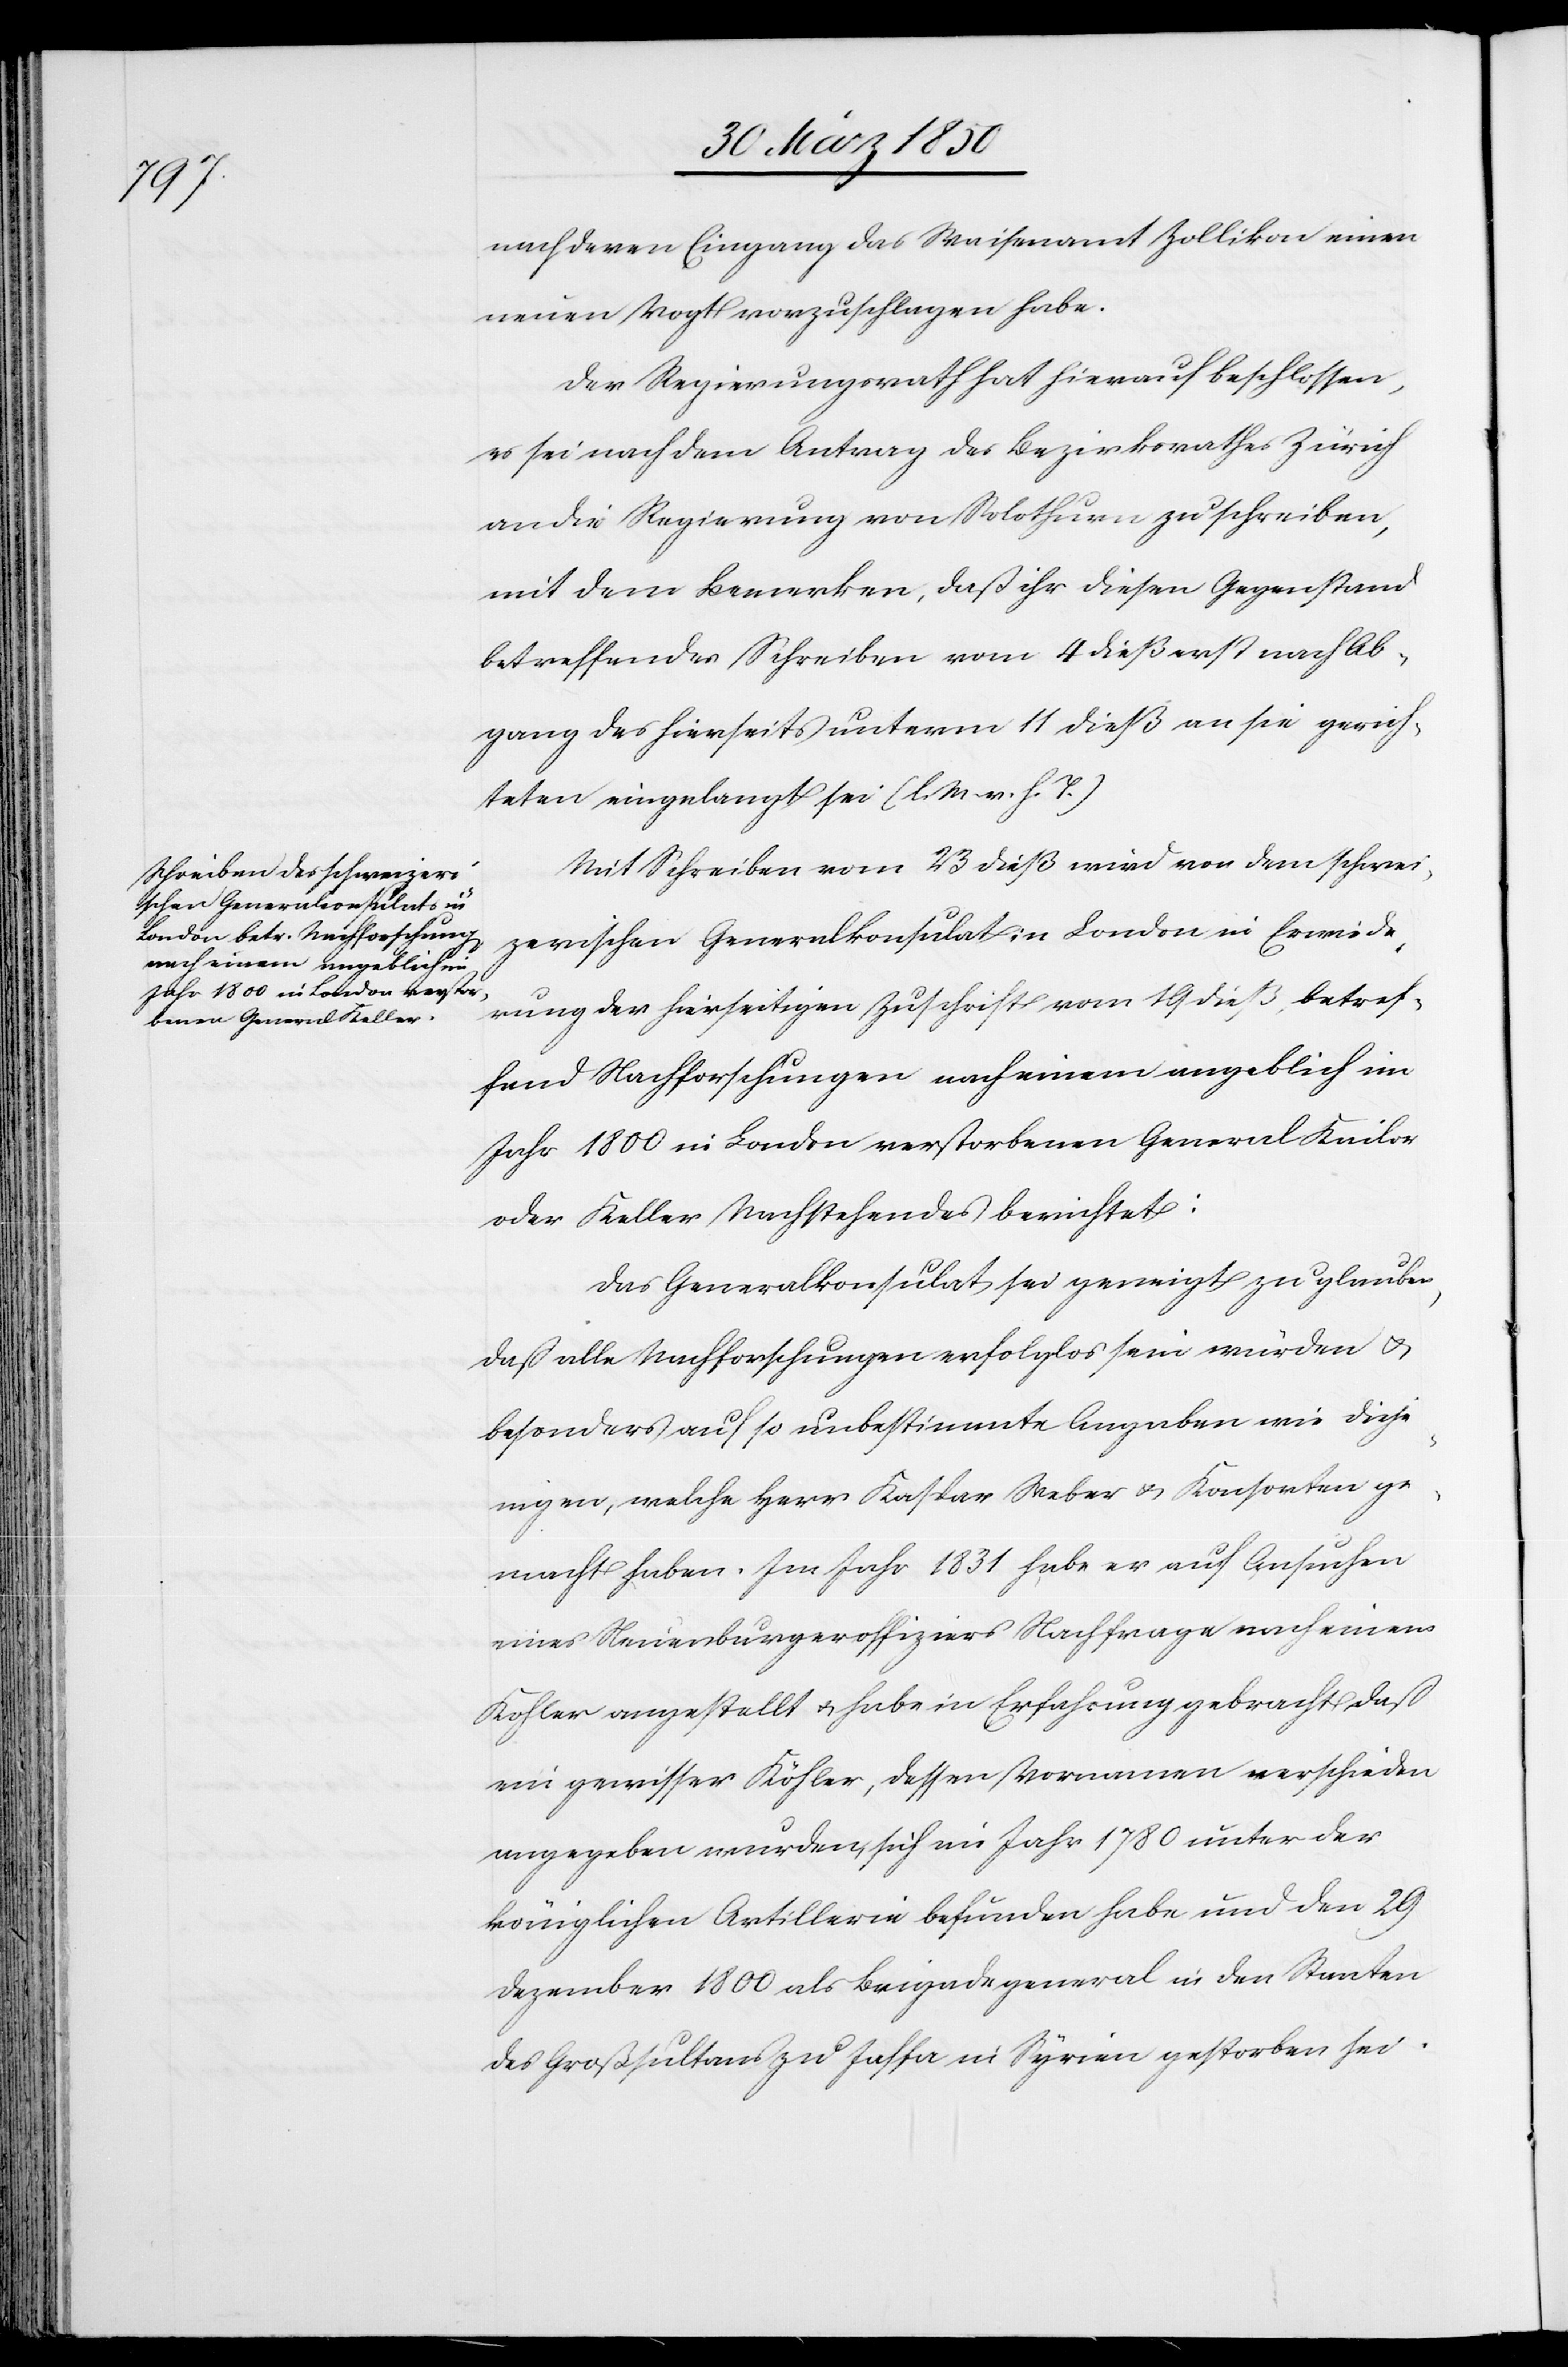
nach deren Eingang das Waisenamt Zollikon einen
neuen Vogt vorzuschlagen habe.
Der Regierungsrath hat hierauf beschlossen,
es sei nach dem Antrag des Bezirksrathes Zürich
an die Regierung von Solothurn zu schreiben,
mit dem Bemerken, daß ihr diesen Gegenstand
betreffendes Schreiben vom 4 dieß erst nach Ab¬
gang des hierseits unterm 11 dieß an sie gerich¬
teten eingelangt sei (l. M. v. h. T.)
Mit Schreiben vom 23 dieß wird von dem schwei¬
zerischen Generalkonsulat in London in Erwiede¬
rung der hierseitigen Zuschrift vom 19 dieß, betref¬
fend Nachforschungen nach einem angeblich im
Jahr 1800 in London verstorbenen General Kailor
oder Keller Nachstehendes berichtet:
Das Generalkonsulat sei geneigt zu glauben,
daß alle Nachforschungen erfolglos sein würden u.
besonders auf so unbestimmte Angaben wie dieje¬
nigen, welche Herr Kaspar Weber u. Konsorten ge¬
macht haben. Im Jahr 1831 habe er auf Ansuchen
eines Neuenburgeroffiziers Nachfrage nach einem
Kohler angestellt u. habe in Erfahrung gebracht, daß
ein gewisser Köhler, dessen Vornamen verschieden
angegeben wurden, sich im Jahr 1780 unter der
königlichen Artillerie befunden habe und den 29
Dezember 1800 als Brigadegeneral in den Staaten
des Großsultans zu Jaffa in Syrien gestorben sei.